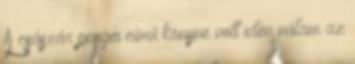
A császár pengéi című könyve volt idén nálam az